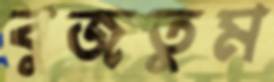
বুজতুম